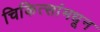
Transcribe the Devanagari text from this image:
चिकित्सांमधून